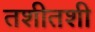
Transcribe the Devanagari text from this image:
तशीतशी